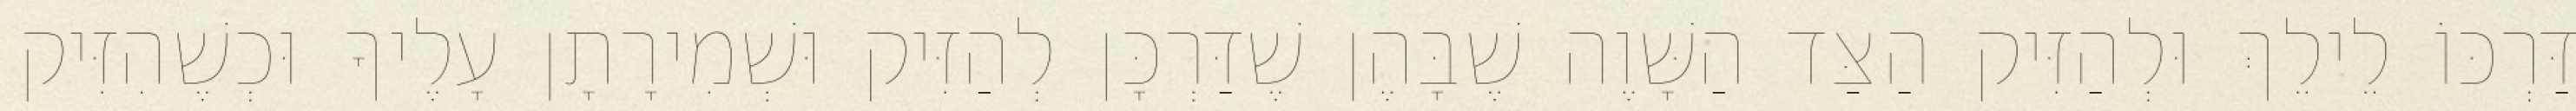
דַּרְכּוֹ לֵילֵךְ וּלְהַזִּיק הַצַּד הַשָּׁוֶה שֶׁבָּהֶן שֶׁדַּרְכָּן לְהַזִּיק וּשְׁמִירָתָן עָלֶיךָ וּכְשֶׁהִזִּיק